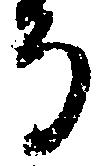
る